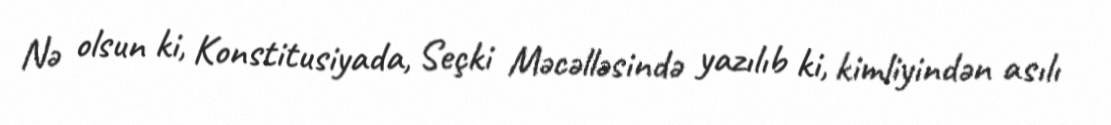
Nə olsun ki, Konstitusiyada, Seçki Məcəlləsində yazılıb ki, kimliyindən asılı